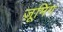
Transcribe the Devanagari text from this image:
ज़ूमिंग